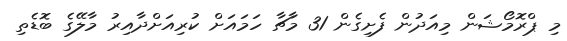
މި ޕްރޮމޯޝަން މިއަދުން ފެށިގެން 31 މާޗާ ހަމައަށް ކުރިއަށްދާއިރު މާލޭގެ ބޮޑެތި